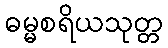
ဓမ္မစရိယသုတ္တ